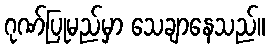
ဂုဏ်ပြုမည်မှာ သေချာနေသည်။